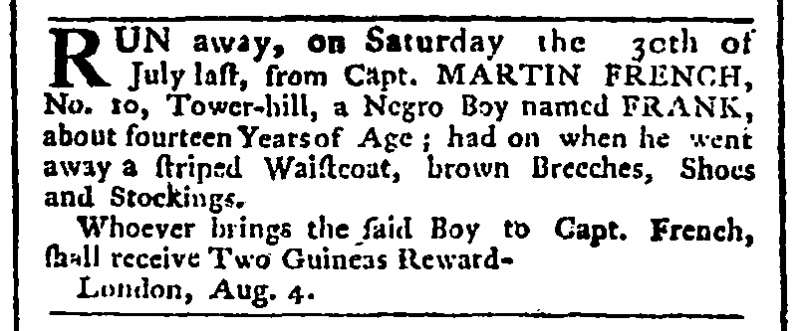
Public Advertiser, 9 August 1774 (England)
RUN away, on Saturday the 30th of July last, from Capt. MARTIN FRENCH, No.10 Tower-hill, a Negro Boy named FRANK, about fourteen Years of Age; had on when he went away a striped Waistcoat, brown Breeches, Shoes and Stockings.   Whoever brings the said boy to Capt. French, shall receive Two Guineas Reward -   London, Aug. 4.